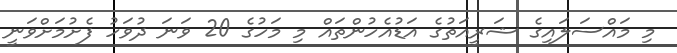
މި މައްސަލައިގެ ޝަރީއަތުގެ އަޑުއެހުންތައް މި މަހުގެ 20 ވަނަ ދުވަހު ފެށުމަށްވަނީ